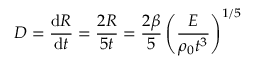
D = { \frac { \mathrm { d } R } { \mathrm { d } t } } = { \frac { 2 R } { 5 t } } = { \frac { 2 \beta } { 5 } } \left( { \frac { E } { \rho _ { 0 } t ^ { 3 } } } \right) ^ { 1 / 5 }